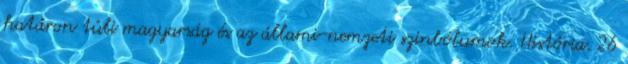
határon túli magyarság és az állami-nemzeti szinbólumok. História. 26